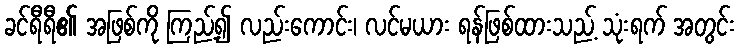
ခင်ရီရီ၏ အဖြစ်ကို ကြည့်၍ လည်းကောင်း၊ လင်မယား ရန်ဖြစ်ထားသည့် သုံးရက် အတွင်း